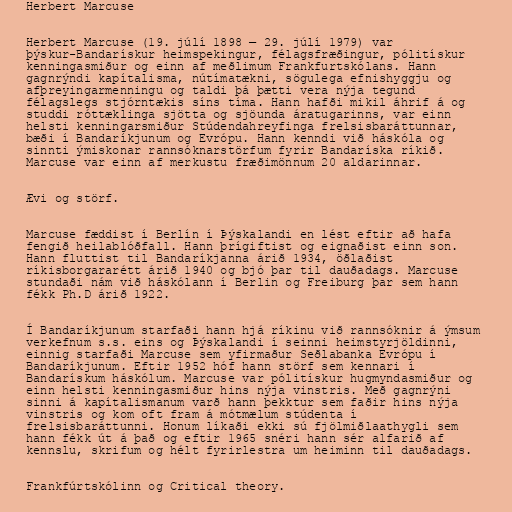
Herbert Marcuse

Herbert Marcuse (19. júlí 1898 — 29. júlí 1979) var
þýskur-Bandarískur heimspekingur, félagsfræðingur, pólitískur
kenningasmiður og einn af meðlimum Frankfurtskólans. Hann
gagnrýndi kapítalisma, nútímatækni, sögulega efnishyggju og
afþreyingarmenningu og taldi þá þætti vera nýja tegund
félagslegs stjórntækis síns tíma. Hann hafði mikil áhrif á og
studdi róttæklinga sjötta og sjöunda áratugarinns, var einn
helsti kenningarsmiður Stúdendahreyfinga frelsisbaráttunnar,
bæði í Bandaríkjunum og Evrópu. Hann kenndi við háskóla og
sinnti ýmiskonar rannsóknarstörfum fyrir Bandaríska ríkið.
Marcuse var einn af merkustu fræðimönnum 20 aldarinnar.

Ævi og störf.

Marcuse fæddist í Berlín í Þýskalandi en lést eftir að hafa
fengið heilablóðfall. Hann þrígiftist og eignaðist einn son.
Hann fluttist til Bandaríkjanna árið 1934, öðlaðist
ríkisborgararétt árið 1940 og bjó þar til dauðadags. Marcuse
stundaði nám við háskólann í Berlin og Freiburg þar sem hann
fékk Ph.D árið 1922.

Í Bandaríkjunum starfaði hann hjá ríkinu við rannsóknir á ýmsum
verkefnum s.s. eins og Þýskalandi í seinni heimstyrjöldinni,
einnig starfaði Marcuse sem yfirmaður Seðlabanka Evrópu í
Bandaríkjunum. Eftir 1952 hóf hann störf sem kennari í
Bandarískum háskólum. Marcuse var pólitískur hugmyndasmiður og
einn helsti kenningasmiður hins nýja vinstris. Með gagnrýni
sinni á kapítalismanum varð hann þekktur sem faðir hins nýja
vinstris og kom oft fram á mótmælum stúdenta í
frelsisbaráttunni. Honum líkaði ekki sú fjölmiðlaathygli sem
hann fékk út á það og eftir 1965 snéri hann sér alfarið af
kennslu, skrifum og hélt fyrirlestra um heiminn til dauðadags.

Frankfúrtskólinn og Critical theory.